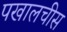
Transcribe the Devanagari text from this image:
पखालचीस